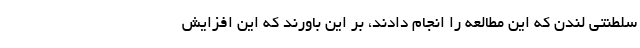
سلطنتی لندن که این مطالعه را انجام دادند، بر این باورند که این افزایش